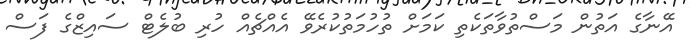
އޭނާގެ އަތުން މަސްތުވާތަކެތި ކަމަށް ތުހުމަތުކުރެވޭ އެއްޗެއް ހުރި ބުލެޓް ސައިޒްގެ ފަސް